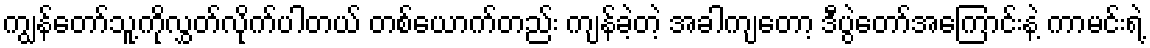
ကျွန်တော်သူ့ကိုလွှတ်လိုက်ပါတယ် တစ်ယောက်တည်း ကျန်ခဲ့တဲ့ အခါကျတော့ ဒီပွဲတော်အကြောင်းနဲ့ ကာမင်းရဲ့